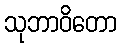
သုဘာဝိတော